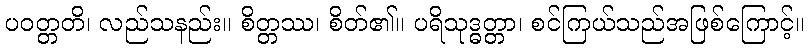
ပဝတ္တတိ၊ လည်သနည်း။ စိတ္တဿ၊ စိတ်၏။ ပရိသုဒ္ဓတ္တာ၊ စင်ကြယ်သည်အဖြစ်ကြောင့်။